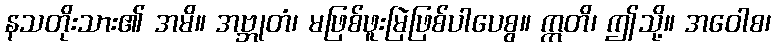
နသတိုးသား၏ အမိ။ အဗ္ဘုတံ၊ မဖြစ်ဖူးမြဲဖြစ်ပါပေစွ။ ဣတိ၊ ဤသို့။ အဝေါစ၊